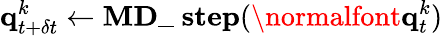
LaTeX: \textbf{q}_{t+\delta t}^{k}\leftarrow\textbf{MD\_ step}(\normalfont{\textbf{q}}_{t}^{k})